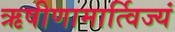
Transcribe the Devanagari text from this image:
ऋषीणामार्त्विज्यं